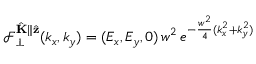
\mathcal { F } _ { \perp } ^ { \hat { \mathbf { K } } \parallel \hat { \mathbf { z } } } ( k _ { x } , k _ { y } ) = ( E _ { x } , E _ { y } , 0 ) \, w ^ { 2 } \, e ^ { - \frac { w ^ { 2 } } { 4 } ( k _ { x } ^ { 2 } + k _ { y } ^ { 2 } ) }